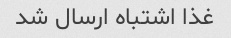
غذا اشتباه ارسال شد